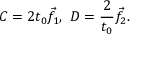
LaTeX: C = 2 t _ { 0 } { \vec { f } } _ { 1 } , \ D = { \frac { 2 } { t _ { 0 } } } { \vec { f } } _ { 2 } .